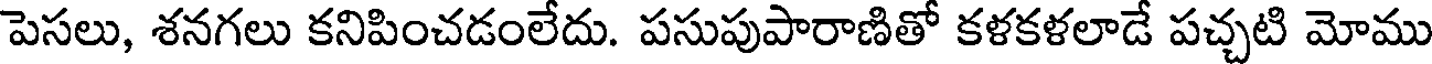
పెసలు, శనగలు కనిపించడంలేదు. పసుపుపారాణితో కళకళలాడే పచ్చటి మోము